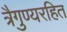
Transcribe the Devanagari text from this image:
त्रैगुण्यरहित